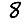
Digit: 8